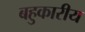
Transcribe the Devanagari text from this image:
बहुकारीय